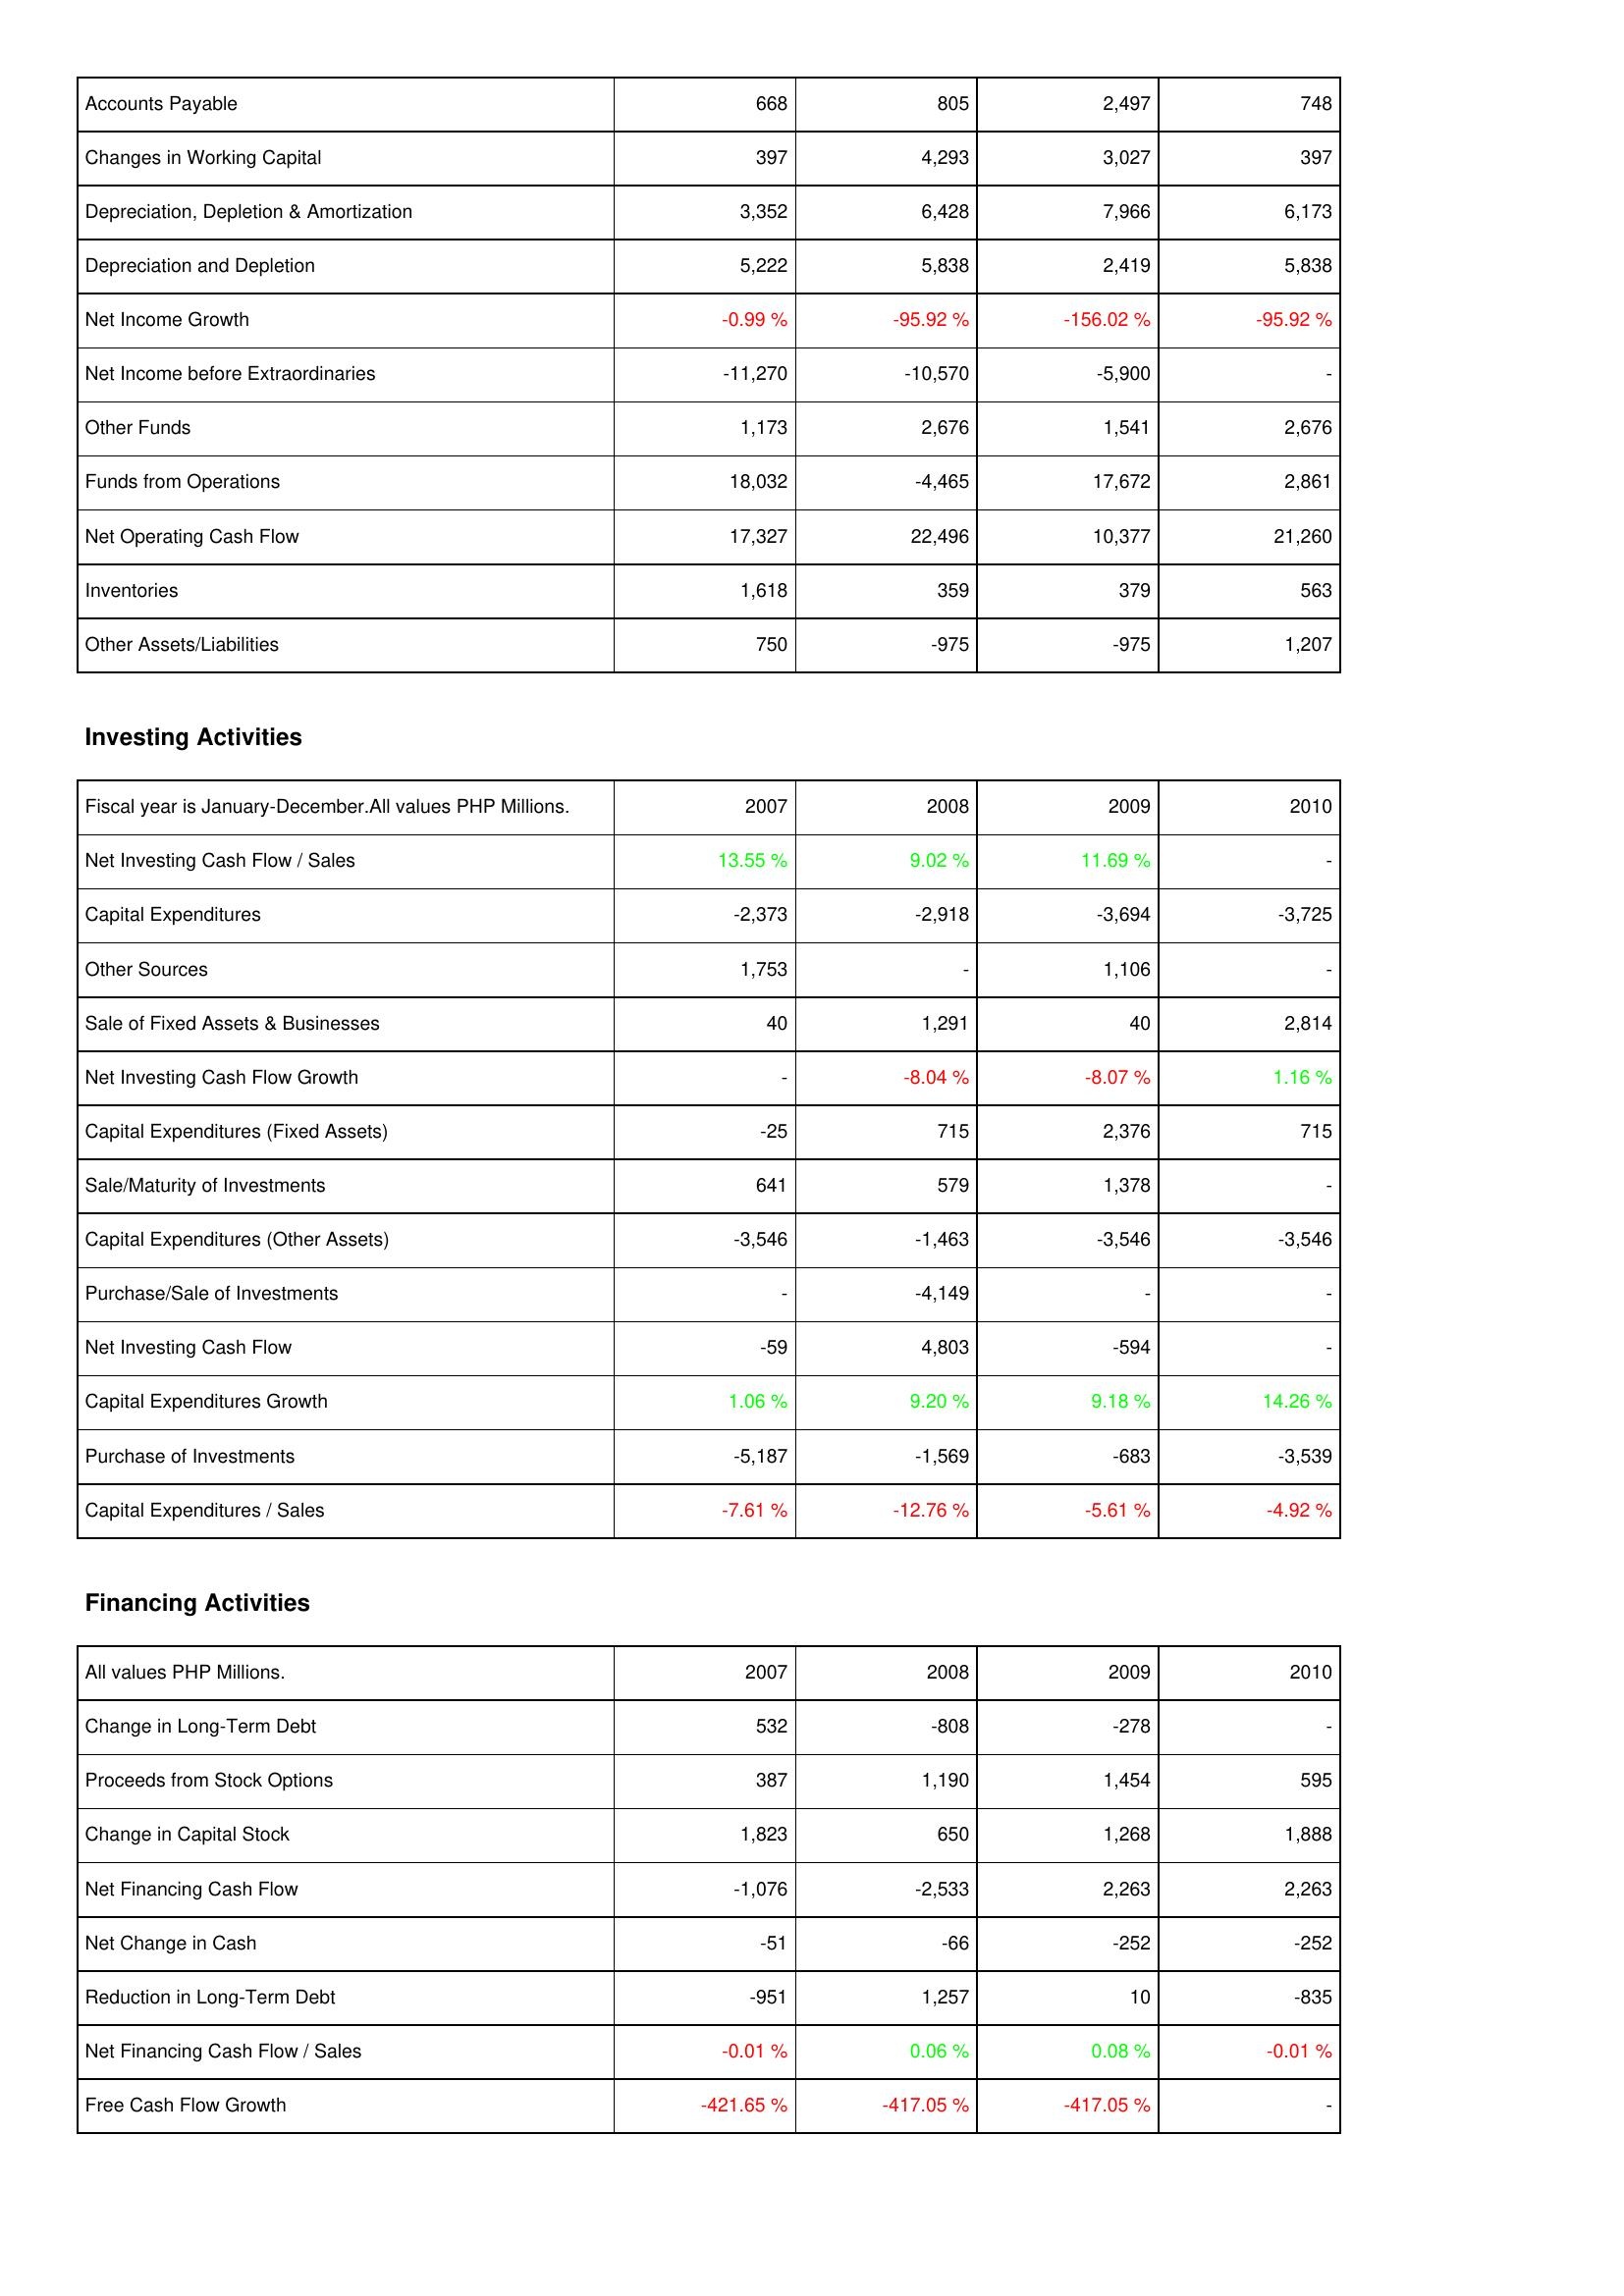
2007: Operating Activities: Accounts Payable: 668
Changes in Working Capital: 397
Depreciation, Depletion & Amortization: 3,352
Depreciation and Depletion: 5,222
Net Income Growth: -0.99 %
Net Income before Extraordinaries: -11,270
Other Funds: 1,173
Funds from Operations: 18,032
Net Operating Cash Flow: 17,327
Inventories: 1,618
Other Assets/Liabilities: 750
Investing Activities: Net Investing Cash Flow / Sales: 13.55 %
Capital Expenditures: -2,373
Other Sources: 1,753
Sale of Fixed Assets & Businesses: 40
Net Investing Cash Flow Growth: -
Capital Expenditures (Fixed Assets): -25
Sale/Maturity of Investments: 641
Capital Expenditures (Other Assets): -3,546
Purchase/Sale of Investments: -
Net Investing Cash Flow: -59
Capital Expenditures Growth: 1.06 %
Purchase of Investments: -5,187
Capital Expenditures / Sales: -7.61 %
Financing Activities: Change in Long-Term Debt: 532
Proceeds from Stock Options: 387
Change in Capital Stock: 1,823
Net Financing Cash Flow: -1,076
Net Change in Cash: -51
Reduction in Long-Term Debt: -951
Net Financing Cash Flow / Sales: -0.01 %
Free Cash Flow Growth: -421.65 %
2008: Operating Activities: Accounts Payable: 805
Changes in Working Capital: 4,293
Depreciation, Depletion & Amortization: 6,428
Depreciation and Depletion: 5,838
Net Income Growth: -95.92 %
Net Income before Extraordinaries: -10,570
Other Funds: 2,676
Funds from Operations: -4,465
Net Operating Cash Flow: 22,496
Inventories: 359
Other Assets/Liabilities: -975
Investing Activities: Net Investing Cash Flow / Sales: 9.02 %
Capital Expenditures: -2,918
Other Sources: -
Sale of Fixed Assets & Businesses: 1,291
Net Investing Cash Flow Growth: -8.04 %
Capital Expenditures (Fixed Assets): 715
Sale/Maturity of Investments: 579
Capital Expenditures (Other Assets): -1,463
Purchase/Sale of Investments: -4,149
Net Investing Cash Flow: 4,803
Capital Expenditures Growth: 9.20 %
Purchase of Investments: -1,569
Capital Expenditures / Sales: -12.76 %
Financing Activities: Change in Long-Term Debt: -808
Proceeds from Stock Options: 1,190
Change in Capital Stock: 650
Net Financing Cash Flow: -2,533
Net Change in Cash: -66
Reduction in Long-Term Debt: 1,257
Net Financing Cash Flow / Sales: 0.06 %
Free Cash Flow Growth: -417.05 %
2009: Operating Activities: Accounts Payable: 2,497
Changes in Working Capital: 3,027
Depreciation, Depletion & Amortization: 7,966
Depreciation and Depletion: 2,419
Net Income Growth: -156.02 %
Net Income before Extraordinaries: -5,900
Other Funds: 1,541
Funds from Operations: 17,672
Net Operating Cash Flow: 10,377
Inventories: 379
Other Assets/Liabilities: -975
Investing Activities: Net Investing Cash Flow / Sales: 11.69 %
Capital Expenditures: -3,694
Other Sources: 1,106
Sale of Fixed Assets & Businesses: 40
Net Investing Cash Flow Growth: -8.07 %
Capital Expenditures (Fixed Assets): 2,376
Sale/Maturity of Investments: 1,378
Capital Expenditures (Other Assets): -3,546
Purchase/Sale of Investments: -
Net Investing Cash Flow: -594
Capital Expenditures Growth: 9.18 %
Purchase of Investments: -683
Capital Expenditures / Sales: -5.61 %
Financing Activities: Change in Long-Term Debt: -278
Proceeds from Stock Options: 1,454
Change in Capital Stock: 1,268
Net Financing Cash Flow: 2,263
Net Change in Cash: -252
Reduction in Long-Term Debt: 10
Net Financing Cash Flow / Sales: 0.08 %
Free Cash Flow Growth: -417.05 %
2010: Operating Activities: Accounts Payable: 748
Changes in Working Capital: 397
Depreciation, Depletion & Amortization: 6,173
Depreciation and Depletion: 5,838
Net Income Growth: -95.92 %
Net Income before Extraordinaries: -
Other Funds: 2,676
Funds from Operations: 2,861
Net Operating Cash Flow: 21,260
Inventories: 563
Other Assets/Liabilities: 1,207
Investing Activities: Net Investing Cash Flow / Sales: -
Capital Expenditures: -3,725
Other Sources: -
Sale of Fixed Assets & Businesses: 2,814
Net Investing Cash Flow Growth: 1.16 %
Capital Expenditures (Fixed Assets): 715
Sale/Maturity of Investments: -
Capital Expenditures (Other Assets): -3,546
Purchase/Sale of Investments: -
Net Investing Cash Flow: -
Capital Expenditures Growth: 14.26 %
Purchase of Investments: -3,539
Capital Expenditures / Sales: -4.92 %
Financing Activities: Change in Long-Term Debt: -
Proceeds from Stock Options: 595
Change in Capital Stock: 1,888
Net Financing Cash Flow: 2,263
Net Change in Cash: -252
Reduction in Long-Term Debt: -835
Net Financing Cash Flow / Sales: -0.01 %
Free Cash Flow Growth: -